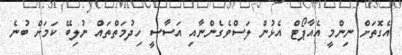
އެގޮތަށް ނިންމީ އެއާޕޯޓް އެޅުން ލަސްވެގެންނާއި އަސާސީ ހިދުމަތްތައް ނުލިބޭ ކަމަށް ބުނެ